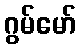
ဂွမ်မော်